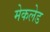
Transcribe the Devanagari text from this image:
मेकलेड